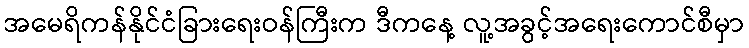
အမေရိကန်နိုင်ငံခြားရေးဝန်ကြီးက ဒီကနေ့ လူ့အခွင့်အရေးကောင်စီမှာ